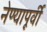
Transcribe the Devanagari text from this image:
नेण्यापूर्वी